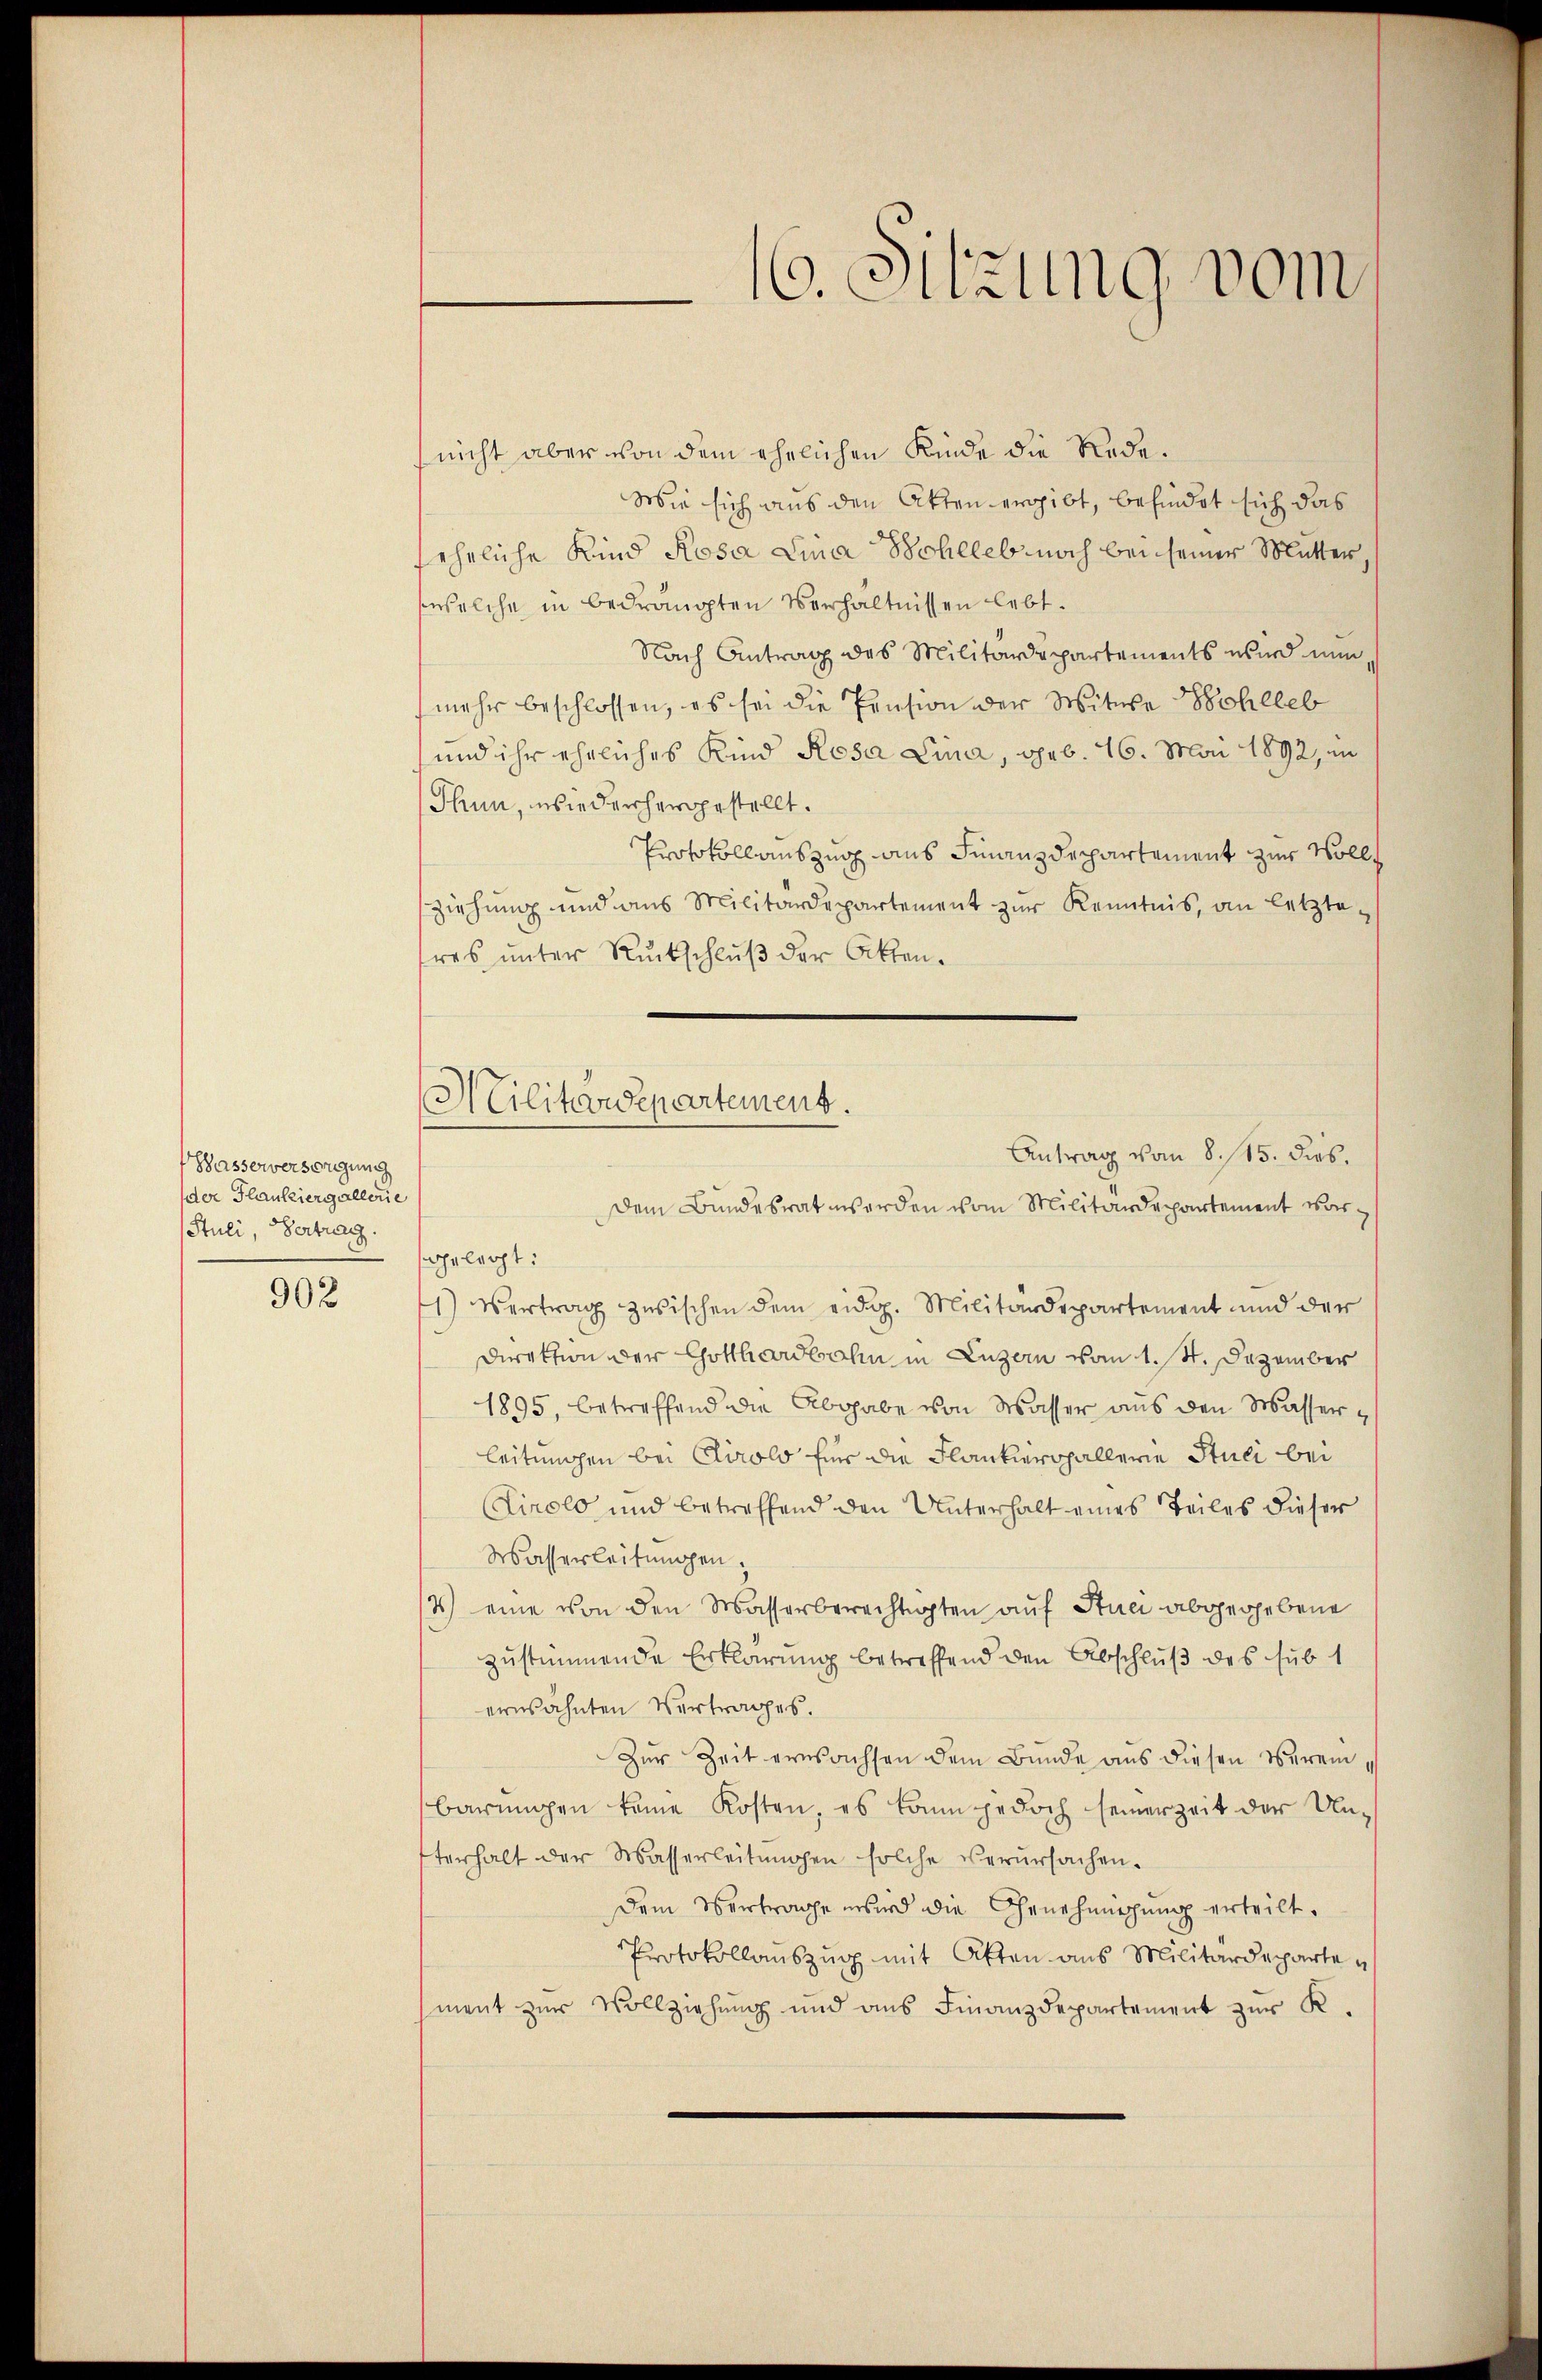
Hasserversorgung
der Flausziergallerie
Stuli, Vertrag.

902

nicht aber von dem ehelichen Kinde die Rede.
Wie sich aus den Akten ergibt, befindet sich das
fehrliche Kind Rosa Lina Scheleb noch bei seiner Mutter
welche in bedrängten Verhältnissen lebt.
Nach Antrag des Militärdepartements wird nun, s
mehr beschlossen, es sei die Pension der Witwe Hohlleb
und ihr eheliches Kind Rosa Lina, geb. 16. Mai 1892, in
Thun, wiederhergestellt.
Protokollauszug aus Finanzdepartement zur Vollziehung und aus Militärdepartement zur Kenntnis, an letzte
sres unter Rückschluß der Akten¬
Dem Bundesrat werden vom Militärdepartement vorsgelegt:
1) Vertrag zwischen dem eidg. Militärdepartement und der
Direktion der Gotthardbahn in Luzern vom 1. M. Dezember
1895, betreffend die Abgabe von Wasser aus den Wasserleitungen bei Cirolo für die Flankerghallerie Stuli bei
Tirolo und betreffend den Unterhalt eines Teiles dieser
Wasserleitungen.
4) eine von den Wasserberechtigten auf Stuci abgegebene
zustimmende Erklärung betreffend den Abschluß des sub 1
erwähnten Vertrages.
Zur Zeit erwachsen dem Bunde aus diesen Vereinbarungen keine Kosten, es kann jedoch seinerzeit der Unterhalt der Wasserleitungen solche verursachen.
Dem Vertrage wird die Genehmigung erteilt.
Protokollauszug mit Akten aus Militärdeparte
ment zur Vollziehung und aus Finanzdepartement zur K.

16. Sitzung vom

Militärdepartement.
Antrag vom 8. 115. dies